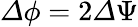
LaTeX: {\mathit\Delta\phi}=2{\mathit\Delta\Psi}